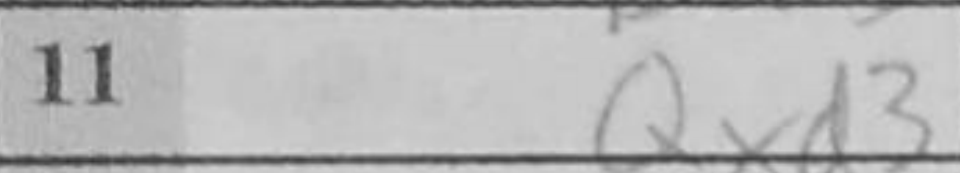
Transcription: Qxd3